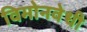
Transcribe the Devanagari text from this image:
विमोनवेधी